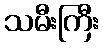
သမီးကြီး